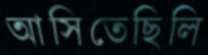
আসিতেছিলি